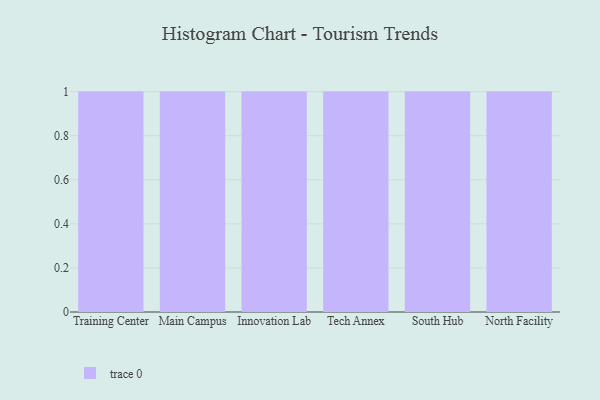
{"axis": {"x": "Campus", "y": "Active Users"}, "legend": [""], "data": [{"x": "Training Center", "y": 84, "type": ""}, {"x": "Main Campus", "y": 83, "type": ""}, {"x": "Innovation Lab", "y": 48, "type": ""}, {"x": "Tech Annex", "y": 21, "type": ""}, {"x": "South Hub", "y": 14, "type": ""}, {"x": "North Facility", "y": 48, "type": ""}]}